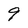
Character: 9